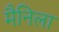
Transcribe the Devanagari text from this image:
मैनिला